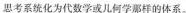
思考系统化为代数学或几何学那样的体系。